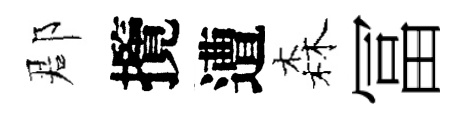
郡攬遭森冨